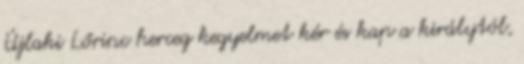
Újlaki Lőrinc herceg kegyelmet kér és kap a királytól,